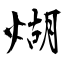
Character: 煳